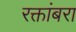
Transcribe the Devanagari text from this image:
रक्तांबरा